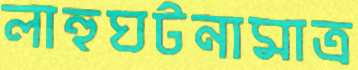
লাহুঘটনামাত্র